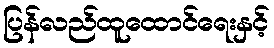
ပြန်လည်ထူထောင်ရေးနှင့်